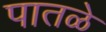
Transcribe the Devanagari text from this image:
पातळे